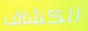
الكشاف